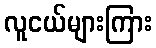
လူငယ်များကြား